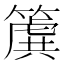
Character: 𮆌